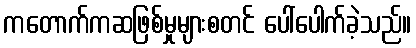
ကတောက်ကဆဖြစ်မှုများစတင် ပေါ်ပေါက်ခဲ့သည်။